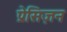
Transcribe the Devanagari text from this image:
प्रेसिज़न